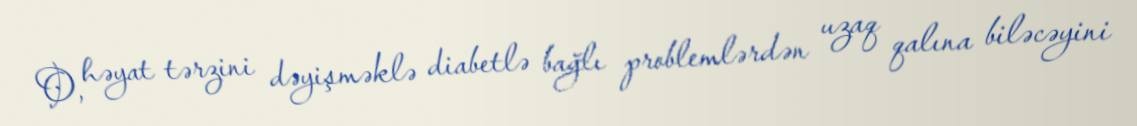
O, həyat tərzini dəyişməklə diabetlə bağlı problemlərdən uzaq qalına biləcəyini